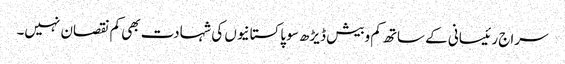
سراج رئیسانی کے ساتھ کم وبیش ڈیڑھ سو پاکستانیوں کی شہادت بھی کم نقصان نہیں۔